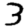
Digit: 3